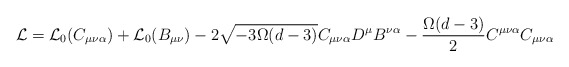
\begin{align*}{\cal L} = {\cal L}_0 (C_{\mu\nu\alpha}) + {\cal L}_0 (B_{\mu\nu}) - 2\sqrt{- 3 \Omega (d-3)} C_{\mu\nu\alpha} D^\mu B^{\nu\alpha} -\frac{\Omega (d-3)}{2} C^{\mu\nu\alpha} C_{\mu\nu\alpha}\end{align*}